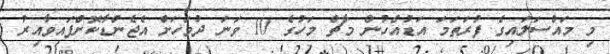
މި މައްސަލައިގެ ފުރަތަމަ އަޑުއެހުން މާޗް މަހުގެ 10 ވަނަ ދުވަހަށް އެޖެންޑާކޮށްފައިވާއިރު